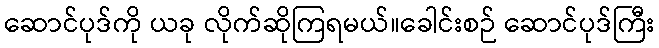
ဆောင်ပုဒ်ကို ယခု လိုက်ဆိုကြရမယ်။ခေါင်းစဉ် ဆောင်ပုဒ်ကြီး